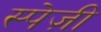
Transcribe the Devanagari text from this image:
स्पेज़ी